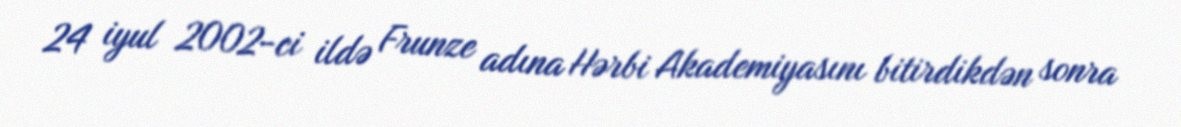
24 iyul 2002-ci ildə Frunze adına Hərbi Akademiyasını bitirdikdən sonra